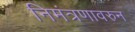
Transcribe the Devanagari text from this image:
निमंत्रणावरुन